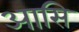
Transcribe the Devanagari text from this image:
आसि